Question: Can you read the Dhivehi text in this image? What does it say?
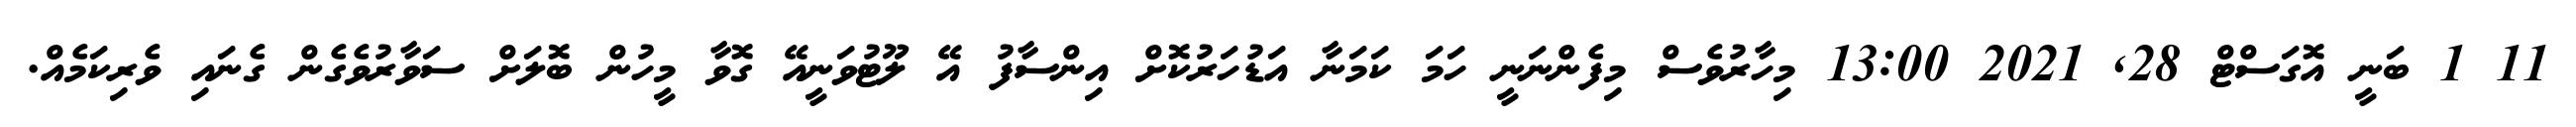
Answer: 11 1 ބަނީ އޮގަސްޓް 28, 2021 13:00 މިހާރުވެސް މިފެންނަނީ ހަމަ ކަމަނާ އަޑުހަރުކޮށް އިންސާފު އޭ ލޫޓުވަނީއޭ ގޮވާ މީހުން ބޮލަށް ސަވާރުވެގެން ގެނައި ވެރިކަމެއް.